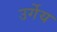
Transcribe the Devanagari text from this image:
उर्गेय